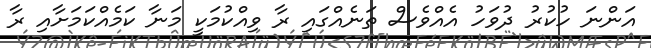
އަންނަ ހުކުރު ދުވަހު އެއްވެސް ތަނެއްގައި ރާ ވިއްކުމަކީ މަނާ ކަމެއްކަމަށާއި ރާ